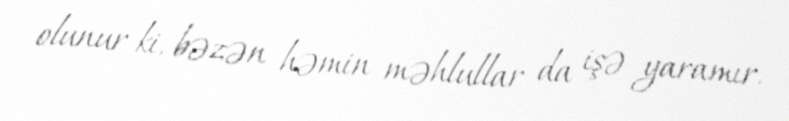
olunur ki, bəzən həmin məhlullar da işə yaramır.